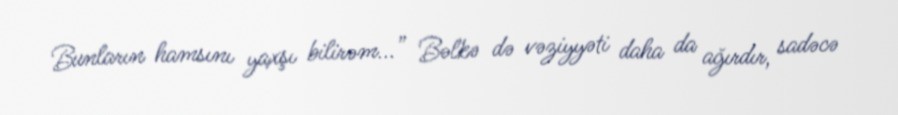
Bunların hamsını yaxşı bilirəm...” Bəlkə də vəziyyəti daha da ağırdır, sadəcə